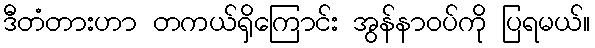
ဒီတံတားဟာ တကယ်ရှိကြောင်း အွန်နာဝပ်ကို ပြရမယ်။